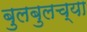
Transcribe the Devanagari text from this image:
बुलबुलच्या